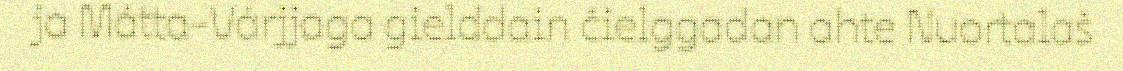
ja Mátta-Várjjaga gielddain čielggadan ahte Nuortalaš